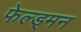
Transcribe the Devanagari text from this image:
फेल्ड्मन